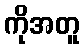
ကိုအတူ